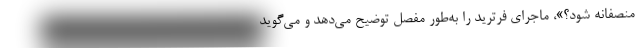
منصفانه شود؟»، ماجرای فرترید را به‌طور مفصل توضیح می‌دهد و می‌گوید